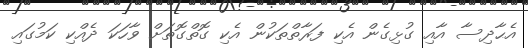
އެޙާދިސާ އާއި ގުޅިގެން އެކި ފަރާތްތަކުން އެކި ގޮތްގޮތަށް ވާހަކަ ދެއްކި ކަމުގައި